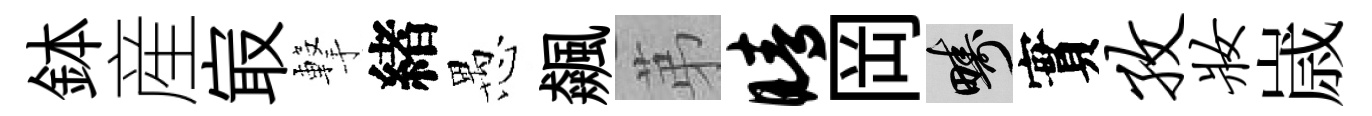
鉢産㝡撃緖愚飆苐睛岡疇實孜妆𡻕